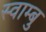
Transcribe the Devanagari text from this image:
स्वाम्बु